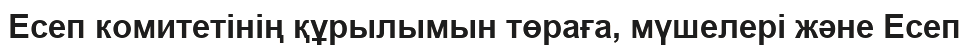
Есеп комитетінің құрылымын төраға, мүшелері және Есеп